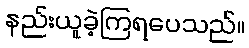
နည်းယူခဲ့ကြရပေသည်။